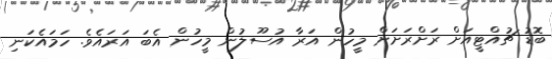
ބޮޑު ޗުއްޓީއަށް ރަށްރަށަށް މީހުން އަރާ އުސޫލުން މީހުން އެބަ އަރައެވެ. ހަމައެކަނި